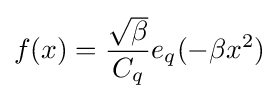
f(x)={{\sqrt {\beta }} \over C_{q}}e_{q}(-\beta x^{2})